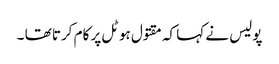
پولیس نے کہا کہ مقتول ہوٹل پر کام کرتا تھا ۔